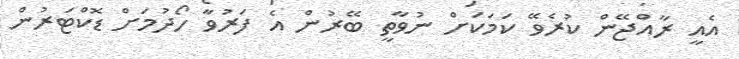
އެއީ ރާއްޖޭން ކުރެވޭ ކަމަކަށް ނުވާތީ ބޭރުން އެ ފަރުވާ ހޯދުމަށް ޑޮކްޓަރުން